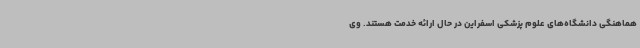
هماهنگی دانشگاه‌های علوم پزشکی اسفراین در حال ارائه خدمت هستند. وی